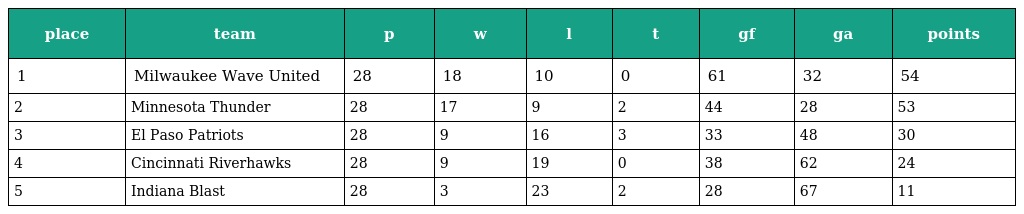
| place | team | p | w | l | t | gf | ga | points |
 | --- | --- | --- | --- | --- | --- | --- | --- | --- |
 | 1 | Milwaukee Wave United | 28 | 18 | 10 | 0 | 61 | 32 | 54 |
 | 2 | Minnesota Thunder | 28 | 17 | 9 | 2 | 44 | 28 | 53 |
 | 3 | El Paso Patriots | 28 | 9 | 16 | 3 | 33 | 48 | 30 |
 | 4 | Cincinnati Riverhawks | 28 | 9 | 19 | 0 | 38 | 62 | 24 |
 | 5 | Indiana Blast | 28 | 3 | 23 | 2 | 28 | 67 | 11 |